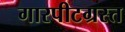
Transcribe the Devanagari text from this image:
गारपीटग्रस्त